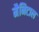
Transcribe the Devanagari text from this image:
मैनिटाल